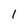
Character: 1